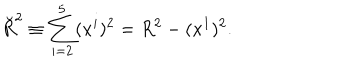
LaTeX: \breve { R } ^ { 2 } \equiv \sum _ { i = 2 } ^ { 5 } ( x ^ { i } ) ^ { 2 } = R ^ { 2 } - ( x ^ { 1 } ) ^ { 2 } .